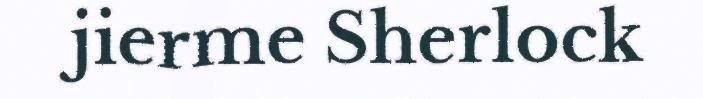
jierme Sherlock